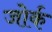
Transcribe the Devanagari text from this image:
जोर्क